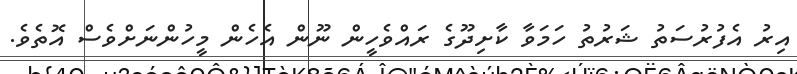
އިރު އެފުރުސަތު ޝަރުތު ހަމަވާ ކާށިދޫގެ ރައްވެހީން ނޫން އެހެން މީހުންނަށްވެސް އޮތެވެ.